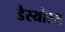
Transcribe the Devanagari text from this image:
डैस्योरस